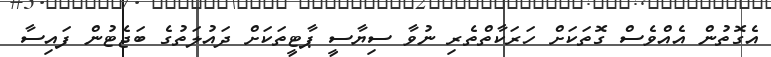
އެގޮތުން އެއްވެސް ގޮތަކަށް ހަރަކާތްތެރި ނުވާ ސިޔާސީ ޕާޓީތަކަށް ދައުލަތުގެ ބަޖެޓުން ފައިސާ